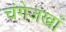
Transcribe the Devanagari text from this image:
चंगेजखाँ